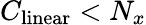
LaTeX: C_{\mathrm{linear}}<N_{x}